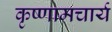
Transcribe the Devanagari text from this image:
कृष्णामचार्य